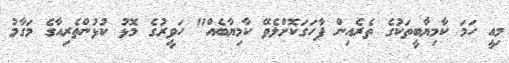
މިއީ ހަމަ ކާމިޔާބީތަކުގެ ތެރެއިން ފާހަގަކޮށްލެވޭ ކާމިޔާބެއް" ހަވީރުގެ މޮޅު ކުޅުންތެރިއާގެ މަގާމު